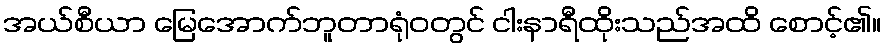
အယ်စီယာ မြေအောက်ဘူတာရုံဝတွင် ငါးနာရီထိုးသည်အထိ စောင့်၏။